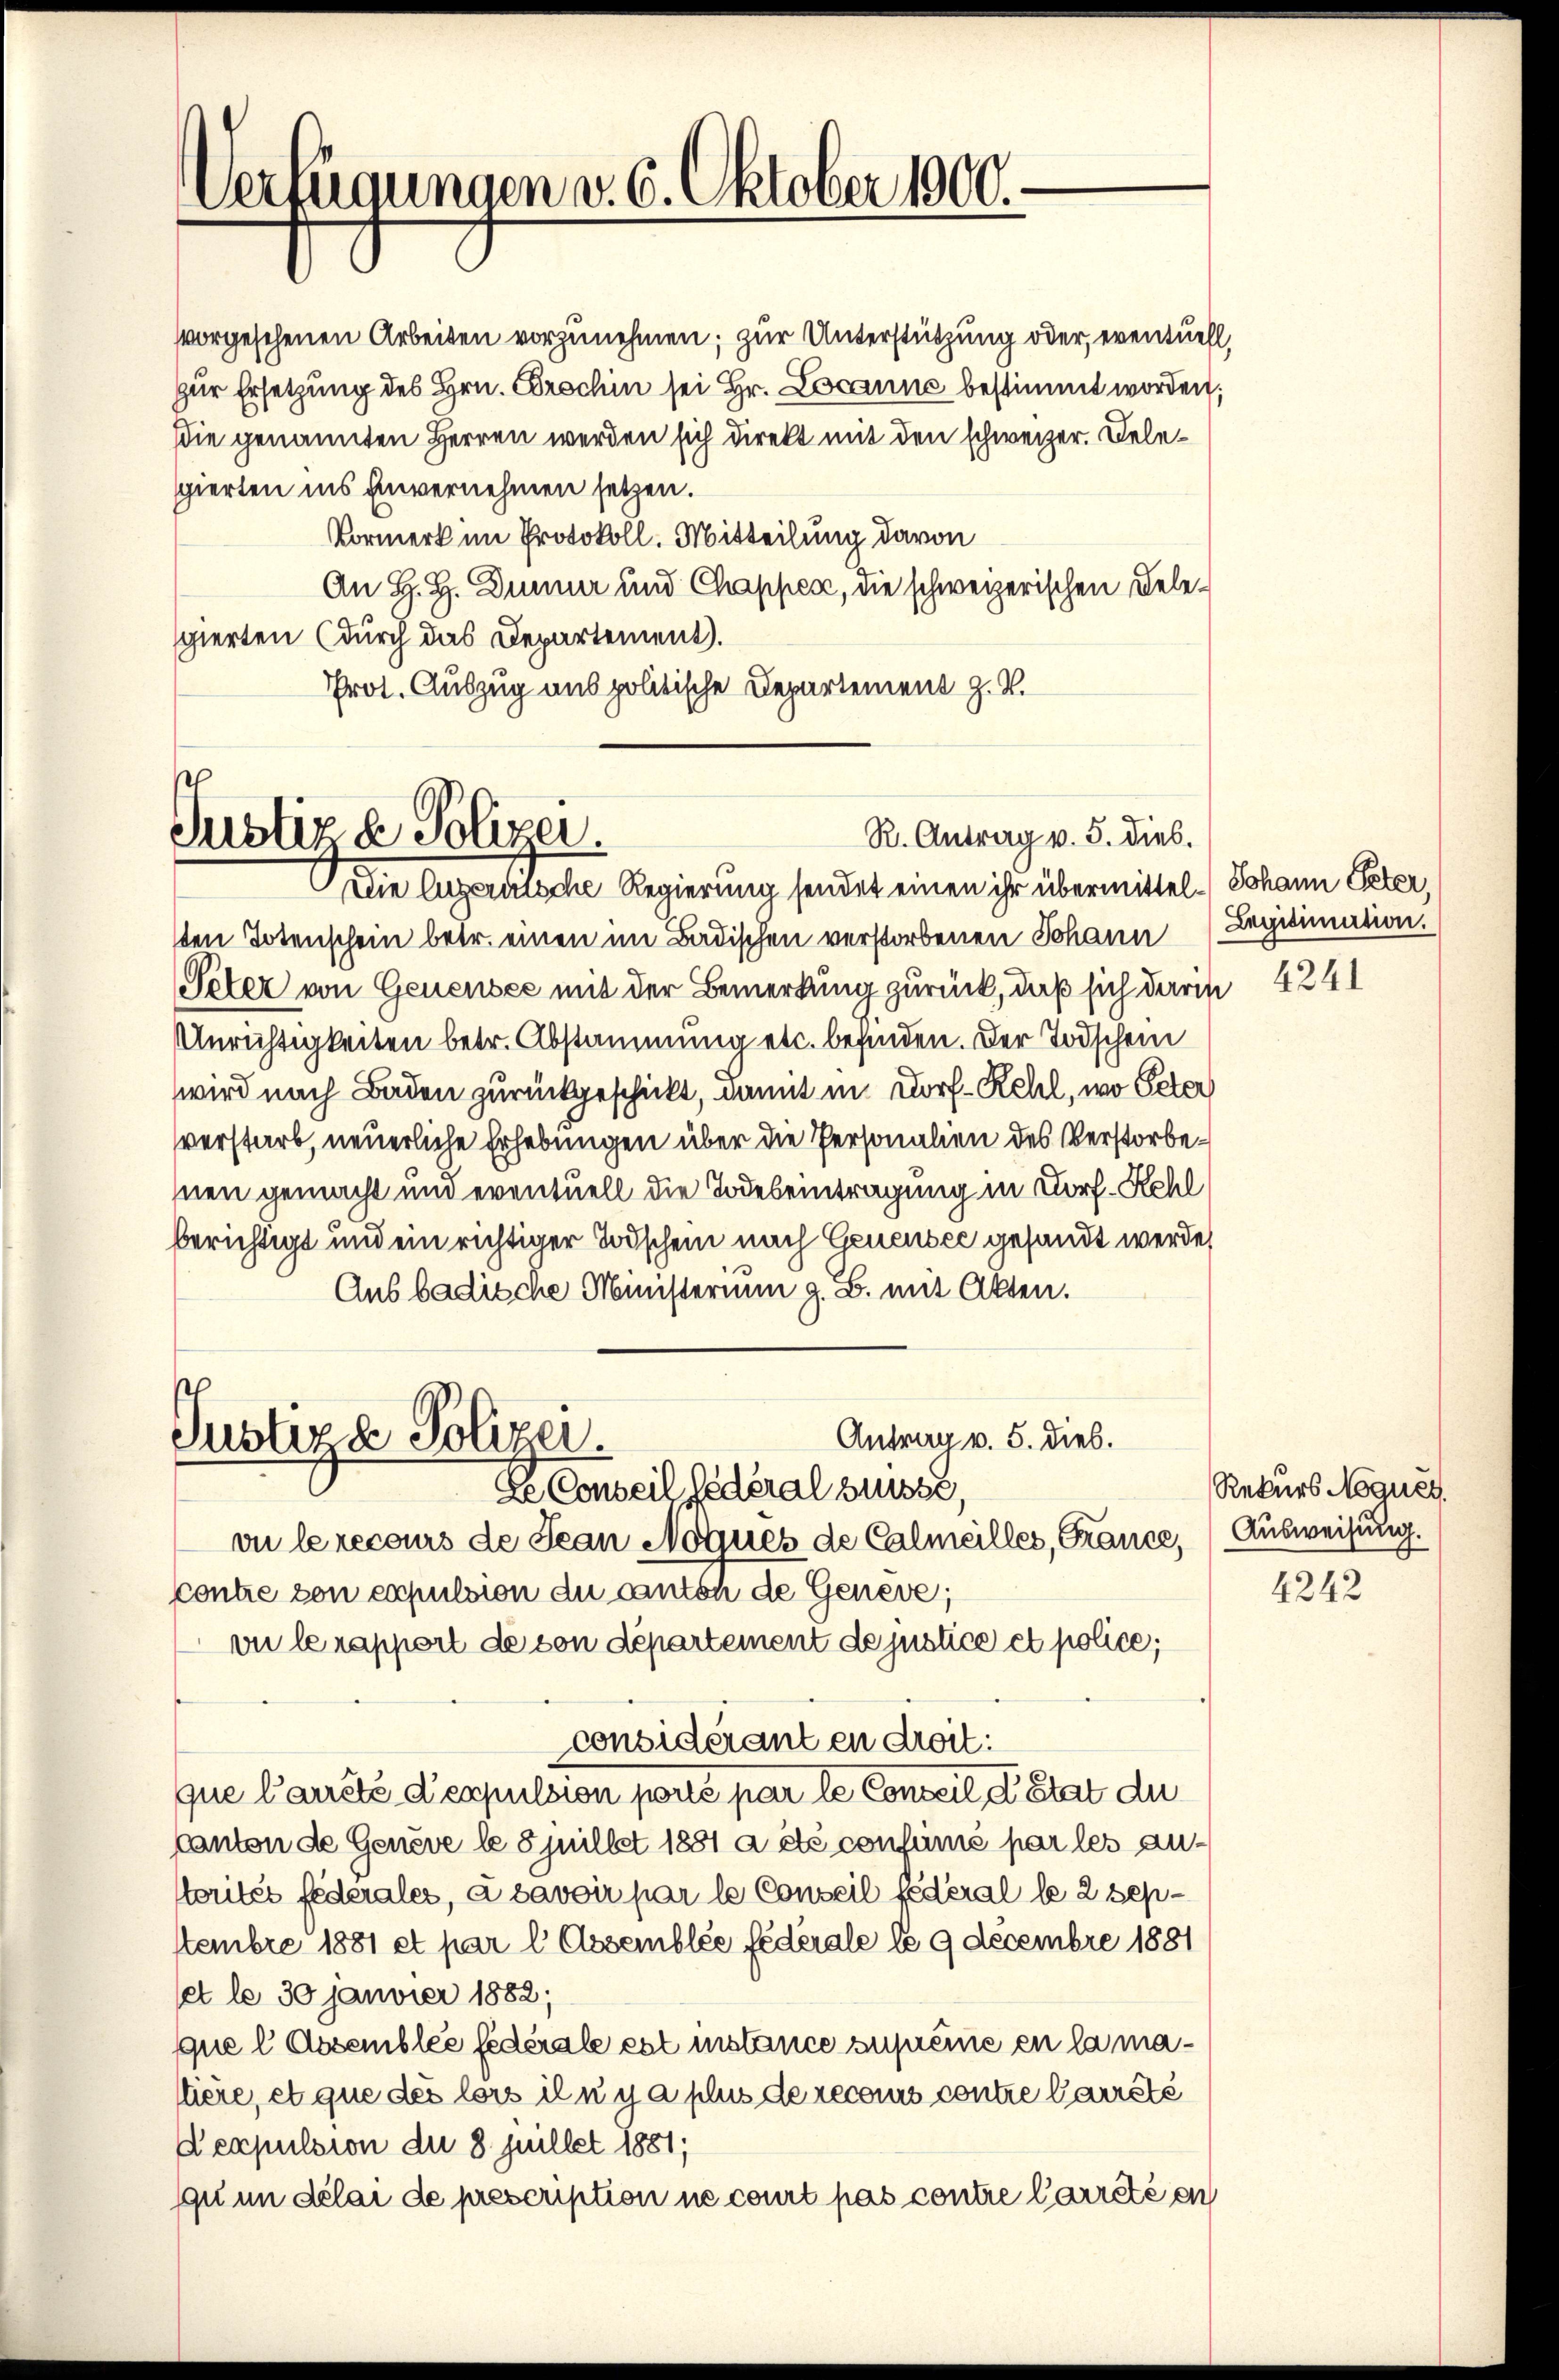
Verfügungen v. 6. Oktober 1900.

R. Antrag v. 5. dies.
Justiz & Polizei.
Die lugerutsche Regierung sendet einen ihr übermittel-Johann Peter,

ten Totenschein betr. einen im Badischen verstorbenen Johann (Legitimation.
Peter von Genensee mit der Bemerkung zurück, daß sich darin 4241
Unrichtigkeiten betr. Abstammung etc. befinden. Der Todschein
wird nach Baden zurückgeschickt, damit in Dorf- Rehl, wo Peter
verstarb, neuerliche Erhebungen über die Personalien des Verstorbenen gemacht und eventuell die Todeseintragung in Dorf- Kehl
berichtigt und ein richtiger Todschein nach Genensee gesandt werde,
Aus badische Ministerium z. B. mit Akten.
Antrag v. 5. dieb.
vu le recours de Jean Noques de Calmeilles, France, Ausweisung.
Contre von expulsion du canton de Genève;
vie le rapport de von departement de justice et police;
considérant en droit:
que l’arrête despulsion porte par le Conseil d. Stat du
Canton de Genève le 8 juillet 1881 a été consumé par les an¬
Morités federales, à savoir par le Conseil fédéral le 2 Septtembre 1881 et par l Assemblée fédérale lo 9 Decembre 1881
et le 30 janvier 1882;
que l Assemblée fédérale est instance zuprême en la mattiere, et que des lors iln y a plus de recours contre Carrêté
Aexpulsion die 8 pullet 1881;
qu in délai de prescription ne court pas contre l’arrêté en

vorgesehenen Arbeiten vorzunehmen; zur Unterstützung oder, eventuell,
zur Ersetzung des Hrn. Erschin sei Hr. Locanne bestimmt worden;
die genannten Herren werden sich direkt mit den schweizer. Delegierten ins Einvernehmen setzen.
Vormerk im Protokoll. Mitteilung davon
An H. H. Dünner und Chappes, die schweizerischen Delespierten (durch das Departement.
Prot. Auszug aus politische Departement z. B.

Justiz & Polizei.
de Conseil fédéral Suisse,

Rekurs Noques.

4242